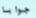
جوابا